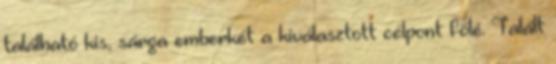
található kis, sárga emberkét a kiválasztott célpont fölé. Talált